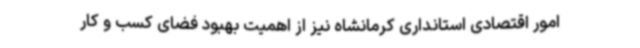
امور اقتصادی استانداری کرمانشاه نیز از اهمیت بهبود فضای کسب و کار